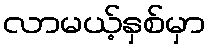
လာမယ့်နှစ်မှာ